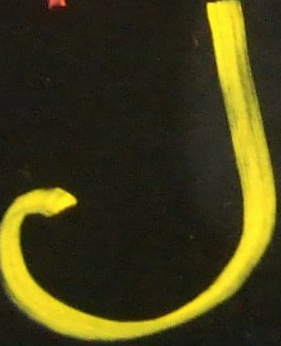
J